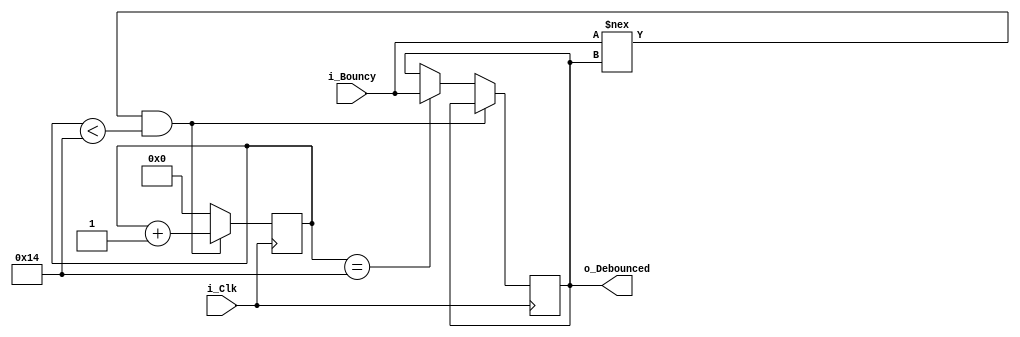

module Debounce_Filter #(parameter DEBOUNCE_LIMIT = 20) (
    input i_Clk,
    input i_Bouncy,
    output o_Debounced
);

    reg [$clog2(DEBOUNCE_LIMIT)-1:0] r_Count = 0;
    reg r_State = 1'b0;

    always @(posedge i_Clk)
    begin
        if (i_Bouncy !== r_State && r_Count < DEBOUNCE_LIMIT)
        begin
            r_Count <= r_Count + 1;
        end
        else if (r_Count == DEBOUNCE_LIMIT)
        begin
            r_State <= i_Bouncy;
            r_Count <= 0;
        end
        else
        begin
            r_Count <= 0;
        end
    end
    
    assign o_Debounced = r_State;
endmodule